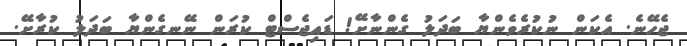
ޖެހޭނެ. އެކަން ނުކުރެވެންޔާ ބަދަލު ގެންނާށޭ! ޑައިޖެސްޓް ކުރަން ނޭނގެންޔާ ބަދަލު ކުރާށޭ.